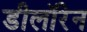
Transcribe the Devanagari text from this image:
डीलॉरेन